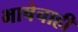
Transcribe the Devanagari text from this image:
भाषेचाही